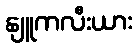
နျူကလီးယား